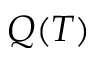
Q ( T )